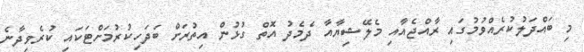
މި ބައްދަލުކުރެއްވުމުގައި ރާއްޖެއާއި މެލޭޝިޔާއާ ދެމެދު އޮތް ގުޅުން އިތުރަށް ބަދަހިކުރުމަށްޓަކައި ކުރެވިދާނެ